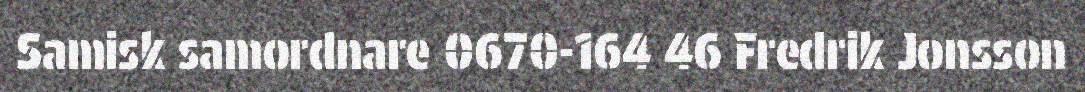
Samisk samordnare 0670-164 46 Fredrik Jonsson